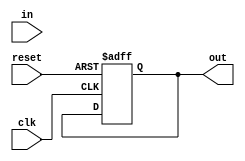
module sequence_detector (
    input clk, input reset, input in, output reg out
);
    parameter START = 2'b00;
    parameter S1 = 2'b01;
    parameter S2 = 2'b10;
    parameter S3 = 2'b11;

    always @(posedge clk, posedge reset) begin
        if (reset) begin
            state <= START;
            out <= 1'b0;
        end else begin
            case (state)
                START:  if (in) state <= S1;
                S1:     if (in) state <= S1; else state <= S2;
                S2:     if (in) state <= S3; else state <= S2;
                S3:     if (in) begin
                            state <= S1;
                            out <= 1'b1;
                        end else
                            state <= S2;
            endcase
        end
    end
endmodule